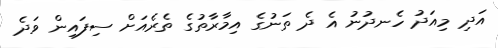
އަދި މިއަދު ހެނދުނު އެ ދެ ތަނުގެ އިމާރާތުގެ ތެރެއަށް ސިފައިން ވަދެ